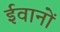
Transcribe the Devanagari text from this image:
ईवानों